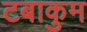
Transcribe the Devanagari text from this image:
टबाकुम